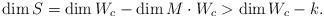
LaTeX: \begin{align*}\dim S = \dim W_c - \dim M \cdot W_c > \dim W_c - k.\end{align*}